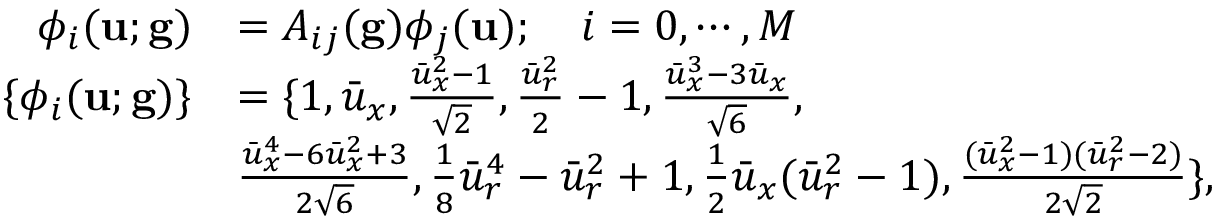
\begin{array} { r l } { \phi _ { i } ( \mathbf { u } ; \mathbf { g } ) } & { = A _ { i j } ( \mathbf { g } ) \phi _ { j } ( \mathbf { u } ) ; \quad i = 0 , \cdots , M } \\ { \{ \phi _ { i } ( \mathbf { u } ; \mathbf { g } ) \} } & { = \{ 1 , \bar { u } _ { x } , \frac { \bar { u } _ { x } ^ { 2 } - 1 } { \sqrt { 2 } } , \frac { \bar { u } _ { r } ^ { 2 } } { 2 } - 1 , \frac { \bar { u } _ { x } ^ { 3 } - 3 \bar { u } _ { x } } { \sqrt { 6 } } , } \\ & { \frac { \bar { u } _ { x } ^ { 4 } - 6 \bar { u } _ { x } ^ { 2 } + 3 } { 2 \sqrt { 6 } } , \frac { 1 } { 8 } \bar { u } _ { r } ^ { 4 } - \bar { u } _ { r } ^ { 2 } + 1 , \frac { 1 } { 2 } \bar { u } _ { x } ( \bar { u } _ { r } ^ { 2 } - 1 ) , \frac { ( \bar { u } _ { x } ^ { 2 } - 1 ) ( \bar { u } _ { r } ^ { 2 } - 2 ) } { 2 \sqrt { 2 } } \} , } \end{array}